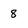
Character: 8